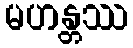
မဟန္တဿ